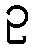
ဥ